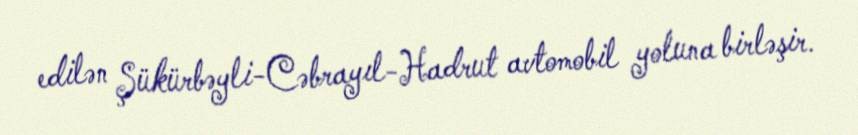
edilən Şükürbəyli-Cəbrayıl-Hadrut avtomobil yoluna birləşir.